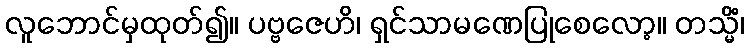
လူဘောင်မှထုတ်၍။ ပဗ္ဗဇေဟိ၊ ရှင်သာမဏေပြုစေလော့။ တသ္မိံ၊